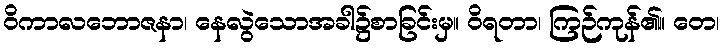
ဝိကာလဘောဇနာ၊ နေလွဲသောအခါ၌စာခြင်းမှ။ ဝိရတာ၊ ကြဉ်ကုန်၏။ တေ၊